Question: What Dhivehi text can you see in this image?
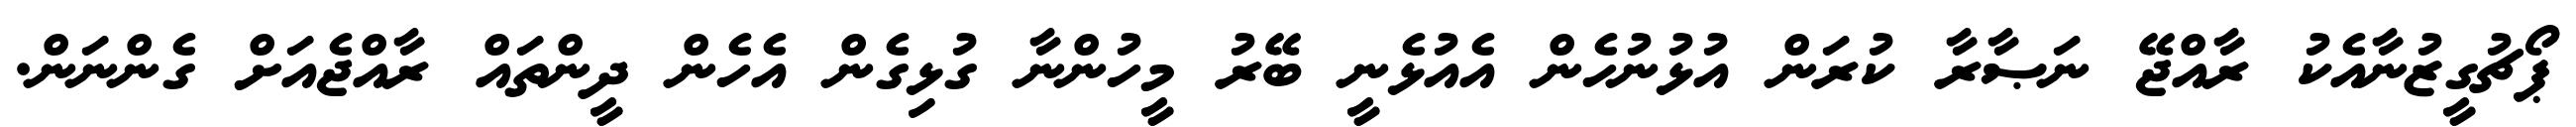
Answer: ޕޯޗުގީޒުނާއެކު ރާއްޖޭ ނަޞާރާ ކުރަން އުޅުނުހެން އެއުޅެނީ ބޭރު މީހުންނާ ގުޅިގެން އެހެން ދީންތައް ރާއްޖެއަށް ގެންނަން.